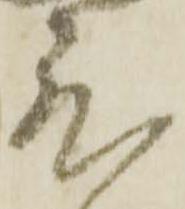
度